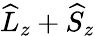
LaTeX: \widehat{L}_{z}+\widehat{S}_{z}